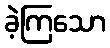
ခဲ့ကြသော